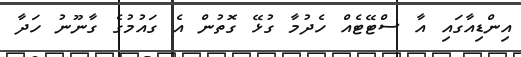
އިންޑިއާގައި އާ ސްޓޭޓެއް ހެދުމާ ގުޅޭ ގޮތުން އެ ގައުމުގެ ގާނޫނު ހަދާ